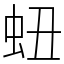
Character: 䖡